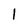
Character: 1